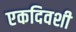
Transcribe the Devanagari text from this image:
एकदिवशी